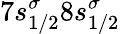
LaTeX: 7s_{1/2}^{\sigma}8s_{1/2}^{\sigma}